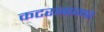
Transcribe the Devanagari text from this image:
कटराबाजार